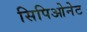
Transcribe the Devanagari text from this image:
सिपिओनेट